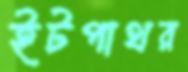
ইটপাথর